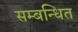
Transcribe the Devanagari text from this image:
सम्‍बन्‍धित